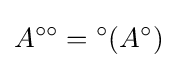
A^{\circ \circ }={}^{\circ }(A^{\circ })